Annual administration and progress report of the Indian Medical Department, Bombay
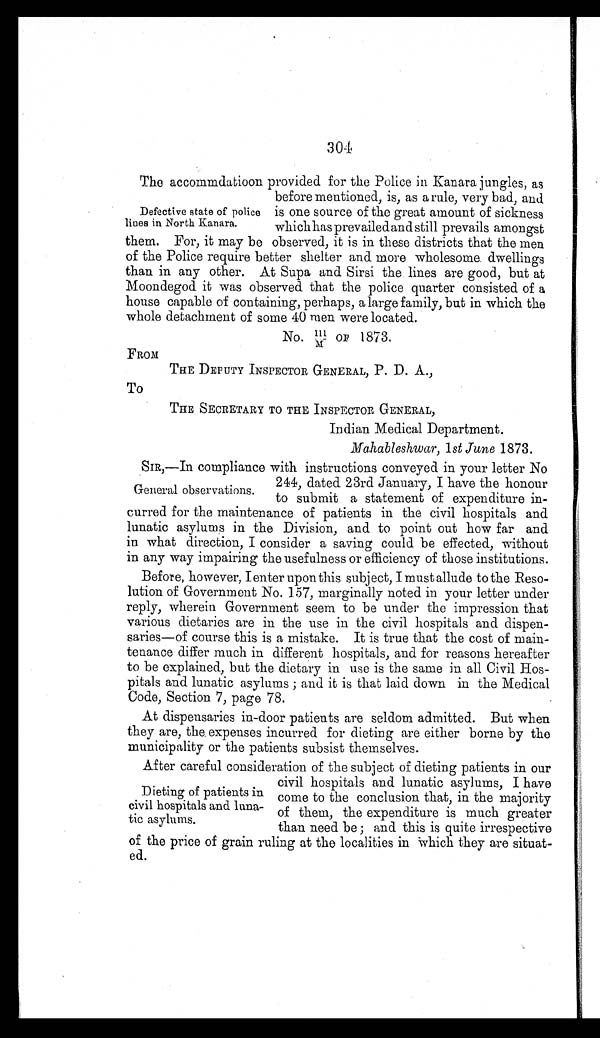
304
The accommdatioon provided for the Police in Kanara jungles, as
before mentioned, is, as a rule, very bad, and
is one source of the great amount of sickness
which has prevailed and still prevails amongst
them. For, it may be observed, it is in these districts that the men
of the Police require better shelter and more wholesome dwellings
than in any other. At Supa and Sirsi the lines are good, but at
Moondegod it was observed that the police quarter consisted of a
house capable of containing, perhaps, a large family, but in which the
whole detachment of some 40 men were located.
No. 111/M OF 1873.
FROM
THE DEPUTY INSPECTOR GENERAL, P. D. A.,
To
THE SECRETARY TO THE INSPECTOR GENERAL,
Indian Medical Department.
Mahableshwar, 1st June 1873.
SIR,—In compliance with instructions conveyed in your letter No
244, dated 23rd January, I have the honour
to submit a statement of expenditure in
-
curred for the maintenance of patients in the civil hospitals and
lunatic asylums in the Division, and to point out how far and
in what direction, I consider a saving could be effected, without
in any way impairing the usefulness or efficiency of those institutions.
Before, however, I enter upon this subject, I must allude to the Reso
-
lution of Government No. 157, marginally noted in your letter under
reply, wherein Government seem to be under the impression that
various dietaries are in the use in the civil hospitals and dispen
-
saries—of course this is a mistake. It is true that the cost of main
-
tenance differ much in different hospitals, and for reasons hereafter
to be explained, but the dietary in use is the same in all Civil Hos
-
pitals and lunatic asylums; and it is that laid down in the Medical
Code, Section 7, page 78.
At dispensaries in-door patients are seldom admitted. But when
they are, the expenses incurred for dieting are either borne by the
municipality or the patients subsist themselves.
After careful consideration of the subject of dieting patients in our
civil hospitals and lunatic asylums, I have
come to the conclusion that, in the majority
of them, the expenditure is much greater
than need be; and this is quite irrespective
of the price of grain ruling at the localities in Which they are situat
-
ed.
Defective state of police
lines in North Kanara.
General observations.
Dieting of patients in
civil hospitals and luna
-
tic asylums.